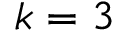
k = 3